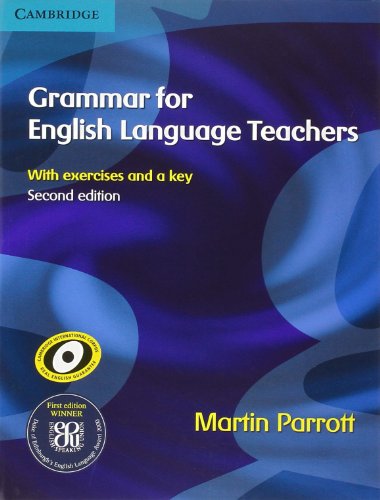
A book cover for Grammar for English Language Teachers; Martin Parrott; Reference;